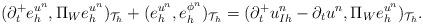
LaTeX: \begin{align*}(\partial_{t}^+ e_h^{u^n},\Pi_We_h^{u^n})_{\mathcal{T}_h}+(e_h^{u^n},e_h^{\phi^n})_{\mathcal{T}_h}=(\partial_{t}^+ u_{Ih}^n-\partial_tu^n,\Pi_We_h^{u^n})_{\mathcal{T}_h}.\end{align*}